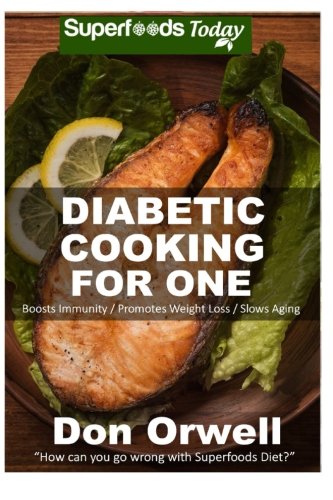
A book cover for Diabetic Cooking For One: 160+ Recipes, Diabetics Diet,Diabetic Cookbook For One,Gluten Free Cooking, Wheat Free, Antioxidants & Phytochemicals, ... Weight loss-Diabetic Living) (Volume 49); Don Orwell; Health, Fitness & Dieting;